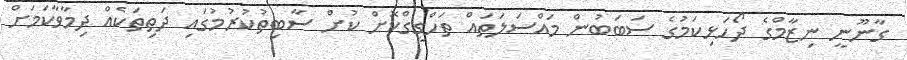
ގާނޫނީ ނިޒާމްގެ ދޯހަޅިކަމުގެ ސަބަބުން މައްސަލަތައް ތަހްގީގްކޮށް ކުށް ސާބިތުކުރުމުގައި ދަތިތަކެއް ދިމާވާކަމަށް